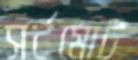
সর্বমোট